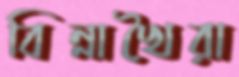
বিন্নাখৈরা